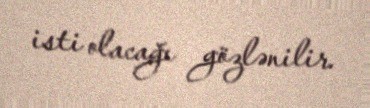
isti olacağı gözlənilir.